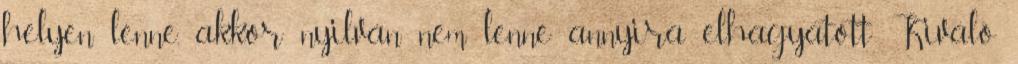
helyen lenne, akkor nyilván nem lenne annyira elhagyatott Kiváló